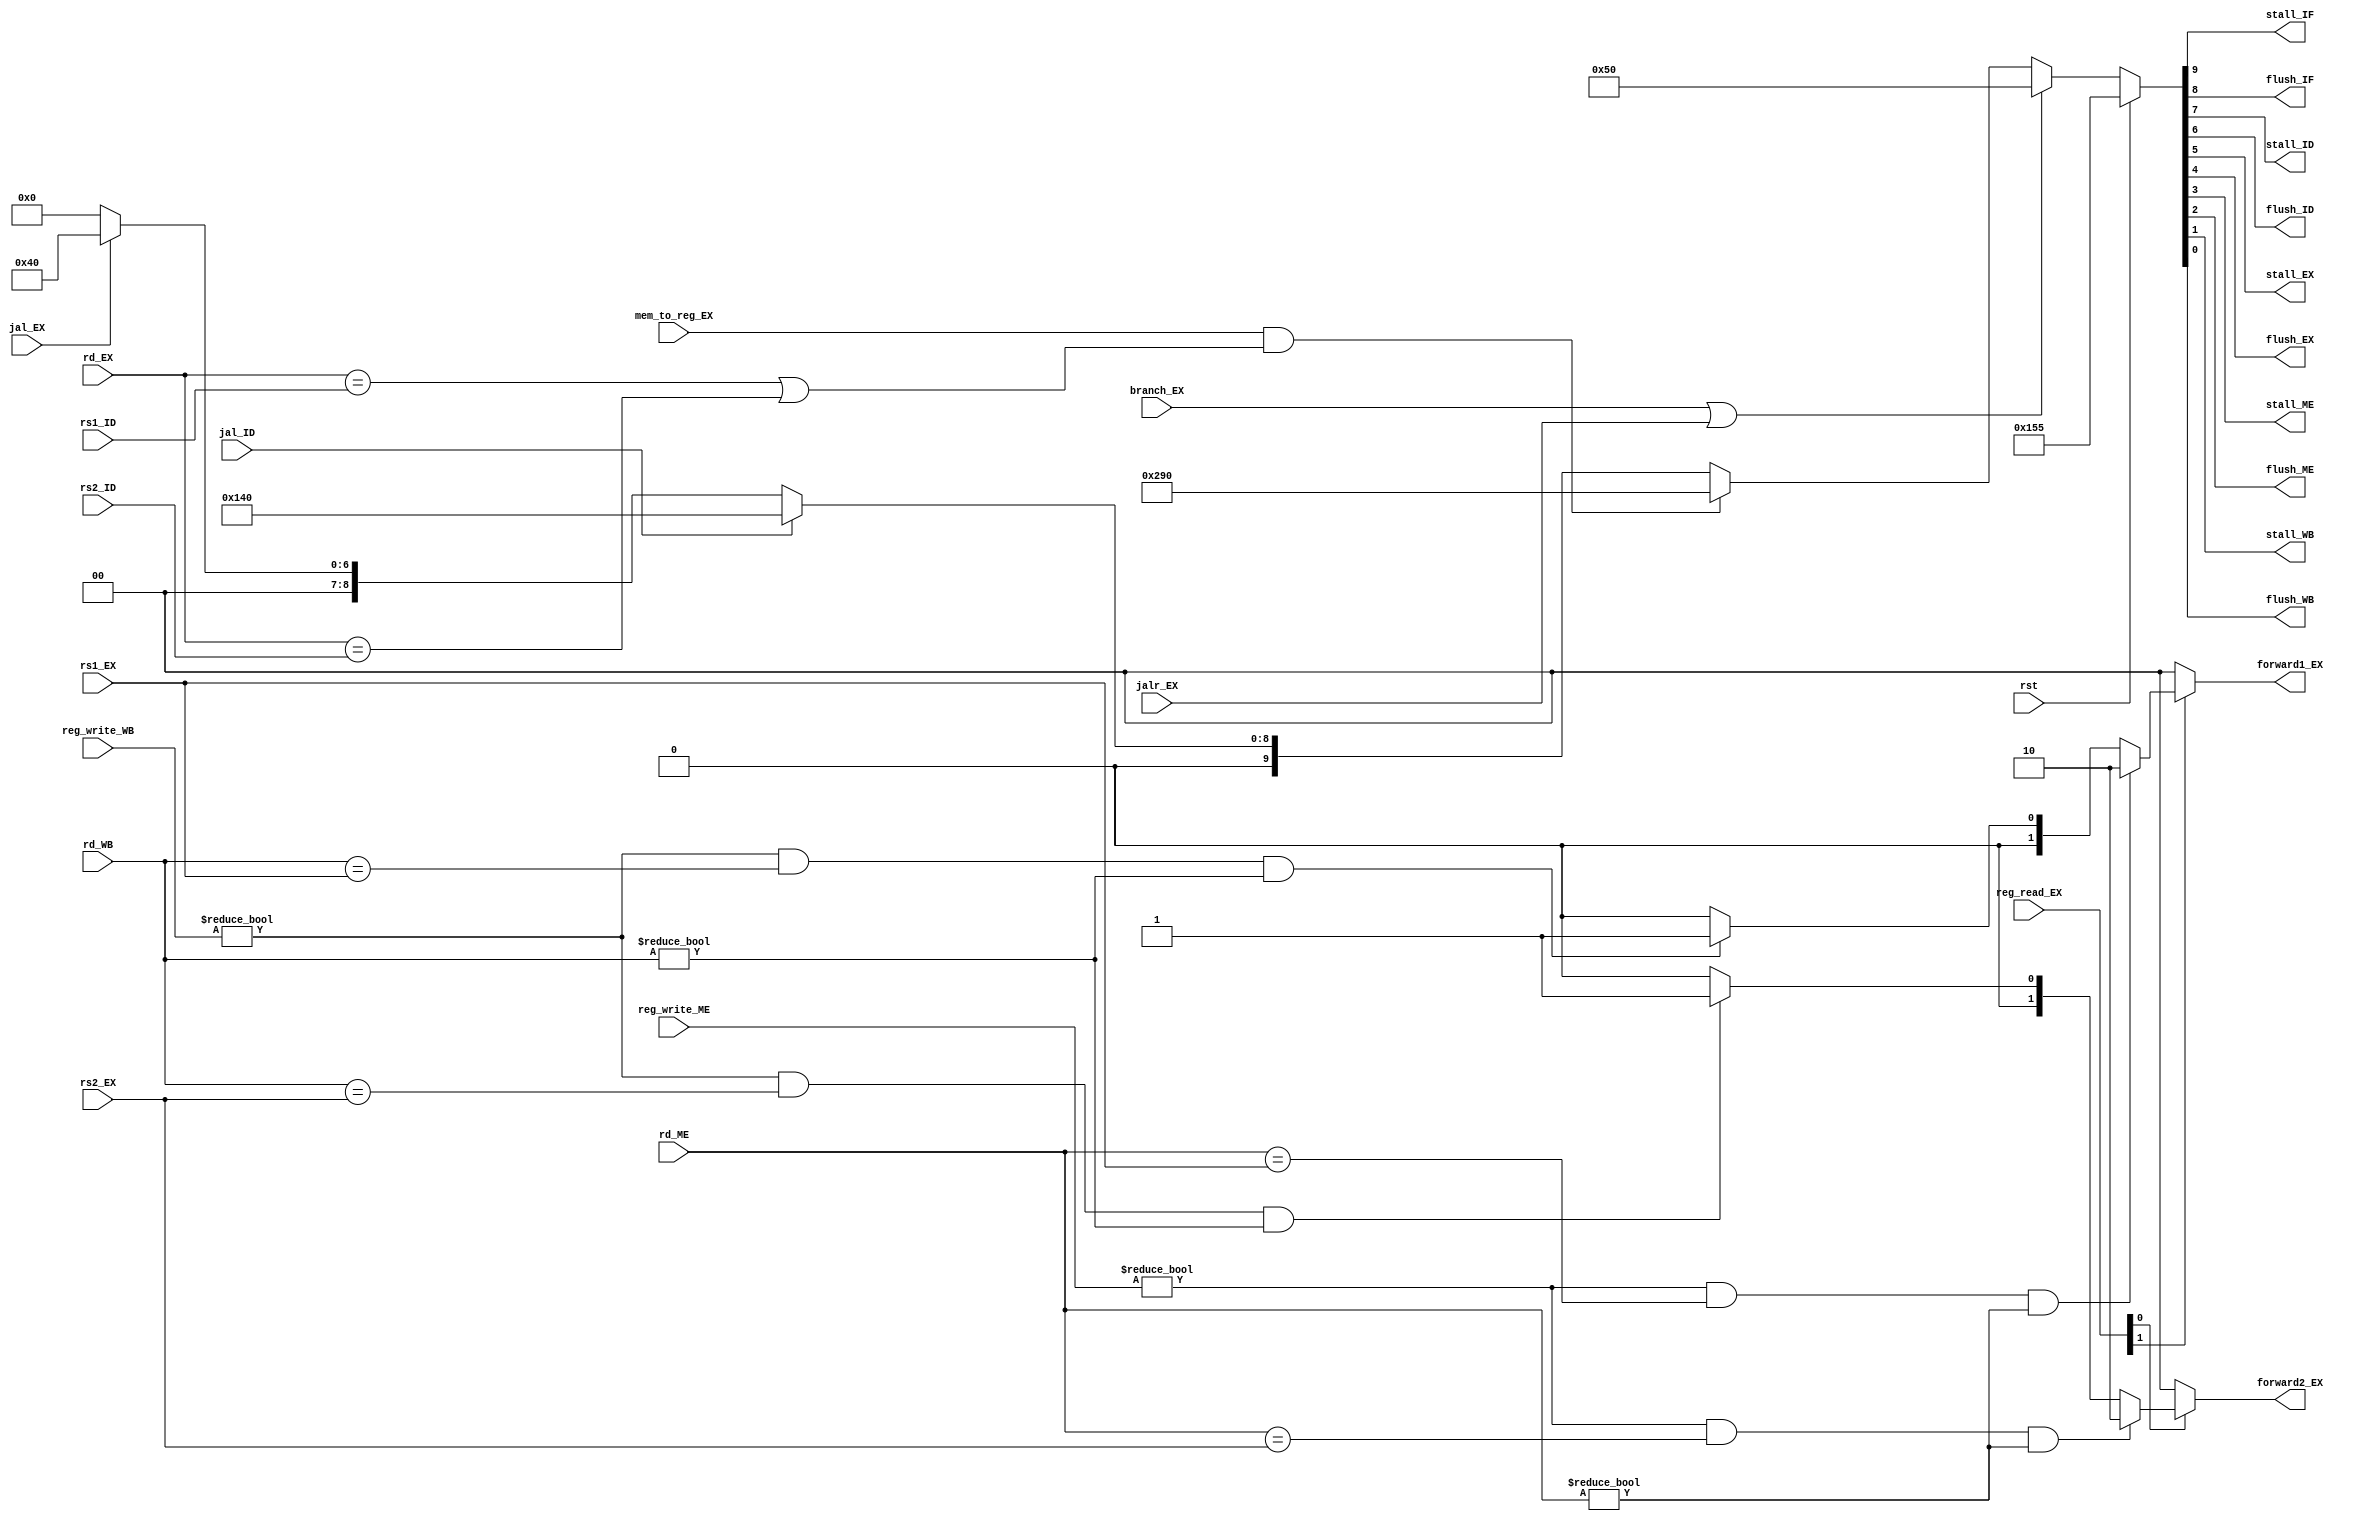
module Hazard_unit (
            input rst,
            input branch_EX, 
            input jalr_EX, 
            input jal_ID,
            input jal_EX,
            input [4: 0] rs1_ID, rs2_ID, 
            input [4: 0] rs1_EX, rs2_EX, 
            input [4: 0] rd_EX, rd_ME, rd_WB,
            input [1: 0] reg_read_EX,
            input mem_to_reg_EX,
            input [2: 0] reg_write_ME, reg_write_WB,
            output reg stall_IF, flush_IF,
            output reg stall_ID, flush_ID,
            output reg stall_EX, flush_EX,
            output reg stall_ME, flush_ME,
            output reg stall_WB, flush_WB,
            output reg [1: 0] forward1_EX, forward2_EX
);
localparam FORWARD_EX = 2'b10;
localparam FORWARD_ME = 2'b01;
localparam NOFORWARD = 2'b00;
//forwarding decision
always @(*) begin
    if( (reg_read_EX[1] == 1))begin
        if((reg_write_ME != 3'b0) && (rd_ME == rs1_EX) && (rd_ME != 5'b0) ) 
            forward1_EX = FORWARD_EX;//if the rs1 address' target value is 
                                    //alu_out_result in forwarding EX/MEM state     
        else if((reg_write_WB != 3'b0) && (rd_WB == rs1_EX) && (rd_WB != 5'b0))
            forward1_EX = FORWARD_ME; //if the rs1 address' target value is 
                                    //the value ready to write back in MEM/WB state        
        else forward1_EX = NOFORWARD;
    end else forward1_EX = NOFORWARD;        
end

always @(*) begin
    if( (reg_read_EX[0] == 1))begin
        if((reg_write_ME != 3'b0) && (rd_ME == rs2_EX) && (rd_ME != 5'b0) ) 
            forward2_EX = FORWARD_EX;//if the rs2 address' target value is 
                                    //alu_out_result in forwarding EX/MEM state     
        else if((reg_write_WB != 3'b0) && (rd_WB == rs2_EX) && (rd_WB != 5'b0))
            forward2_EX = FORWARD_ME; //if the rs2 address' target value is 
                                    //the value ready to write back in MEM/WB state        
        else forward2_EX = NOFORWARD;
    end else forward2_EX = NOFORWARD;
end

//stall and flush decision
always @ ( * ) begin
    if (rst)
        {stall_IF, flush_IF, stall_ID, flush_ID, stall_EX, flush_EX, stall_ME, flush_ME, stall_WB, flush_WB} <= 10'b0101010101;

    //At EX state, the pc is ready to jump, so the state before MEM need to flush and IF should renew PC
    else if (branch_EX | jalr_EX)
        {stall_IF, flush_IF, stall_ID, flush_ID, stall_EX, flush_EX, stall_ME, flush_ME, stall_WB, flush_WB} <= 10'b0001010000;

    //For Load instruction, the behind state need a vaule, but the value is not loaded now! So the pipeline should stall.
    else if (mem_to_reg_EX & ((rd_EX == rs1_ID) || (rd_EX == rs2_ID)) )
        {stall_IF, flush_IF, stall_ID, flush_ID, stall_EX, flush_EX, stall_ME, flush_ME, stall_WB, flush_WB} <= 10'b1010010000;

    //At lD state, the pc is ready to jump    
    else if (jal_ID)
        {stall_IF, flush_IF, stall_ID, flush_ID, stall_EX, flush_EX, stall_ME, flush_ME, stall_WB, flush_WB} <= 10'b0101000000;
    else if (jal_EX)
        {stall_IF, flush_IF, stall_ID, flush_ID, stall_EX, flush_EX, stall_ME, flush_ME, stall_WB, flush_WB} <= 10'b0001000000;
    else
        {stall_IF, flush_IF, stall_ID, flush_ID, stall_EX, flush_EX, stall_ME, flush_ME, stall_WB, flush_WB} <= 10'b0000000000;
end

endmodule